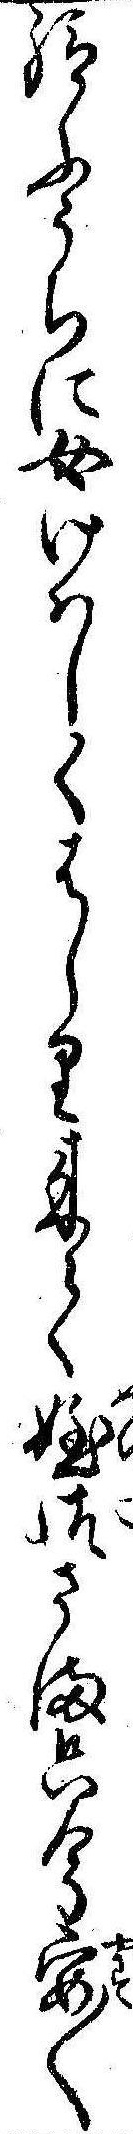
給ふうちに女けはしくはしり来て姪御さま只今安〱